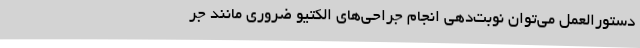
دستورالعمل می‌توان نوبت‌دهی انجام جراحی‌های الکتیو ضروری مانند جر